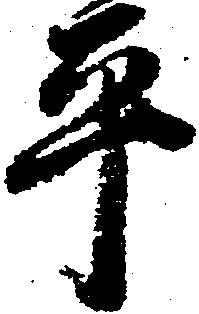
平